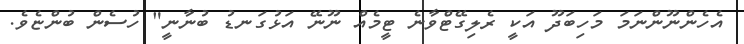
އެހެންނޫންނަމަ މަހިބަދޫ އަކީ ރެލިގޭޓްވާނެ ޓީމެއް ނޫނޭ އަޅުގަނޑު ބުނާނީ" ހުސެން ބުންޏެވެ.